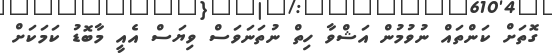
ގޮތަށް ކަންތައް ނުވުމުން އަޝްވާ ހިތް ނުތަނަވަސް ވިޔަސް އެއީ މާބޮޑު ކަމަކަށް